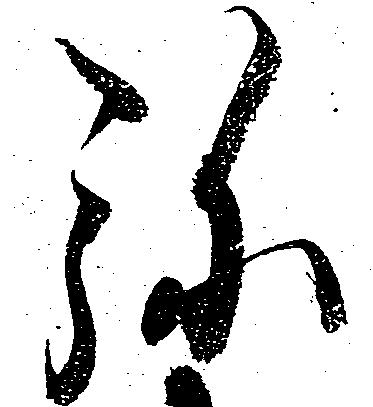
弥